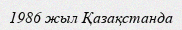
1986 жыл Қазақстанда